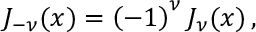
J _ { - \nu } ( x ) = \left( - 1 \right) ^ { \nu } J _ { \nu } ( x ) \, ,